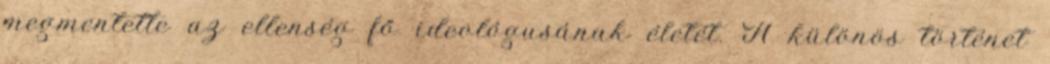
megmentette az ellenség fő ideológusának életét. A különös történet